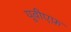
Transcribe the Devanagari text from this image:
यूवीएफ़